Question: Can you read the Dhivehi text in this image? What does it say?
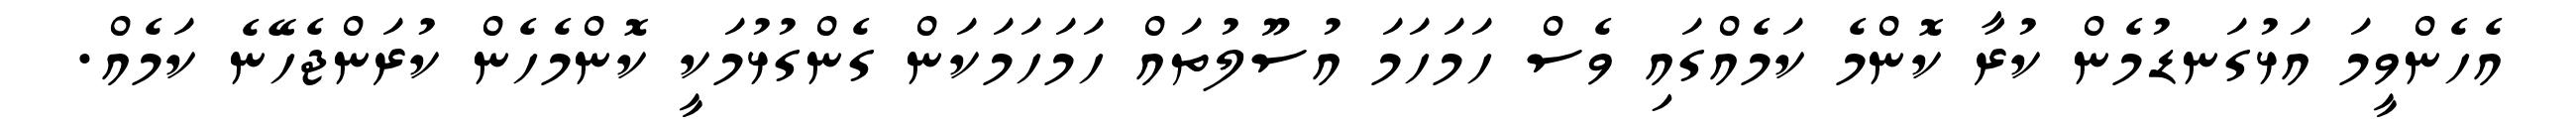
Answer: އެހެންވީމަ އަޅުގަނޑުމެން ކުރާ ކޮންމެ ކަމެއްގައި ވެސް ހަމަހަމަ އުސޫލުތައް ހަމަހަމަކަން ގެންގުޅުމަކީ ކޮންމެހެން ކުރަންޖެހޭނެ ކަމެއް.